Lunatic asylums Punjab 1911-1921 - 1911-1921
Year: 1911
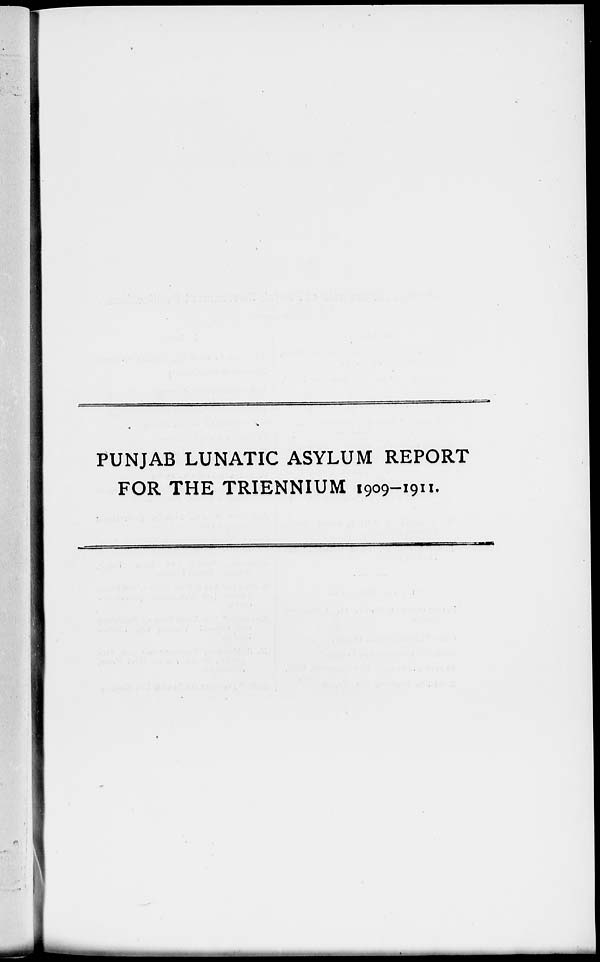
PUNJAB LUNATIC ASYLUM REPORT
FOR THE TRIENNIUM 1909-1911.